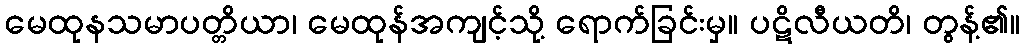
မေထုနသမာပတ္တိယာ၊ မေထုန်အကျင့်သို့ ရောက်ခြင်းမှ။ ပဋိလီယတိ၊ တွန့်၏။